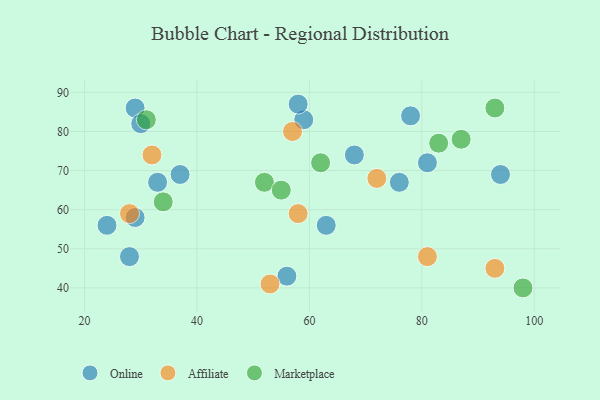
{"axis": {"x": "GDP", "y": "Life Expectancy"}, "legend": ["Affiliate", "Marketplace", "Online"], "data": [{"x": "37", "y": 69, "type": "Online"}, {"x": "59", "y": 83, "type": "Online"}, {"x": "28", "y": 48, "type": "Online"}, {"x": "58", "y": 87, "type": "Online"}, {"x": "29", "y": 86, "type": "Online"}, {"x": "68", "y": 74, "type": "Online"}, {"x": "56", "y": 43, "type": "Online"}, {"x": "94", "y": 69, "type": "Online"}, {"x": "81", "y": 72, "type": "Online"}, {"x": "29", "y": 58, "type": "Online"}, {"x": "63", "y": 56, "type": "Online"}, {"x": "33", "y": 67, "type": "Online"}, {"x": "30", "y": 82, "type": "Online"}, {"x": "78", "y": 84, "type": "Online"}, {"x": "24", "y": 56, "type": "Online"}, {"x": "76", "y": 67, "type": "Online"}, {"x": "53", "y": 41, "type": "Affiliate"}, {"x": "28", "y": 59, "type": "Affiliate"}, {"x": "57", "y": 80, "type": "Affiliate"}, {"x": "81", "y": 48, "type": "Affiliate"}, {"x": "58", "y": 59, "type": "Affiliate"}, {"x": "93", "y": 45, "type": "Affiliate"}, {"x": "72", "y": 68, "type": "Affiliate"}, {"x": "32", "y": 74, "type": "Affiliate"}, {"x": "34", "y": 62, "type": "Marketplace"}, {"x": "62", "y": 72, "type": "Marketplace"}, {"x": "31", "y": 83, "type": "Marketplace"}, {"x": "98", "y": 40, "type": "Marketplace"}, {"x": "83", "y": 77, "type": "Marketplace"}, {"x": "52", "y": 67, "type": "Marketplace"}, {"x": "93", "y": 86, "type": "Marketplace"}, {"x": "55", "y": 65, "type": "Marketplace"}, {"x": "87", "y": 78, "type": "Marketplace"}]}